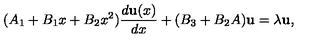
( A _ { 1 } + B _ { 1 } x + B _ { 2 } x ^ { 2 } ) { \frac { d { \bf u } ( x ) } { d x } } + ( B _ { 3 } + B _ { 2 } A ) { \bf u } = \lambda { \bf u } ,